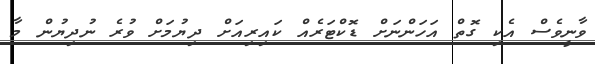
ވާނީވެސް އެކި ގޮތް އަހަންނަށް ޑޮކްޓަރެއް ކައިރިއަށް ދިޔުމަށް ވުރެ ނުދިޔުން މާ